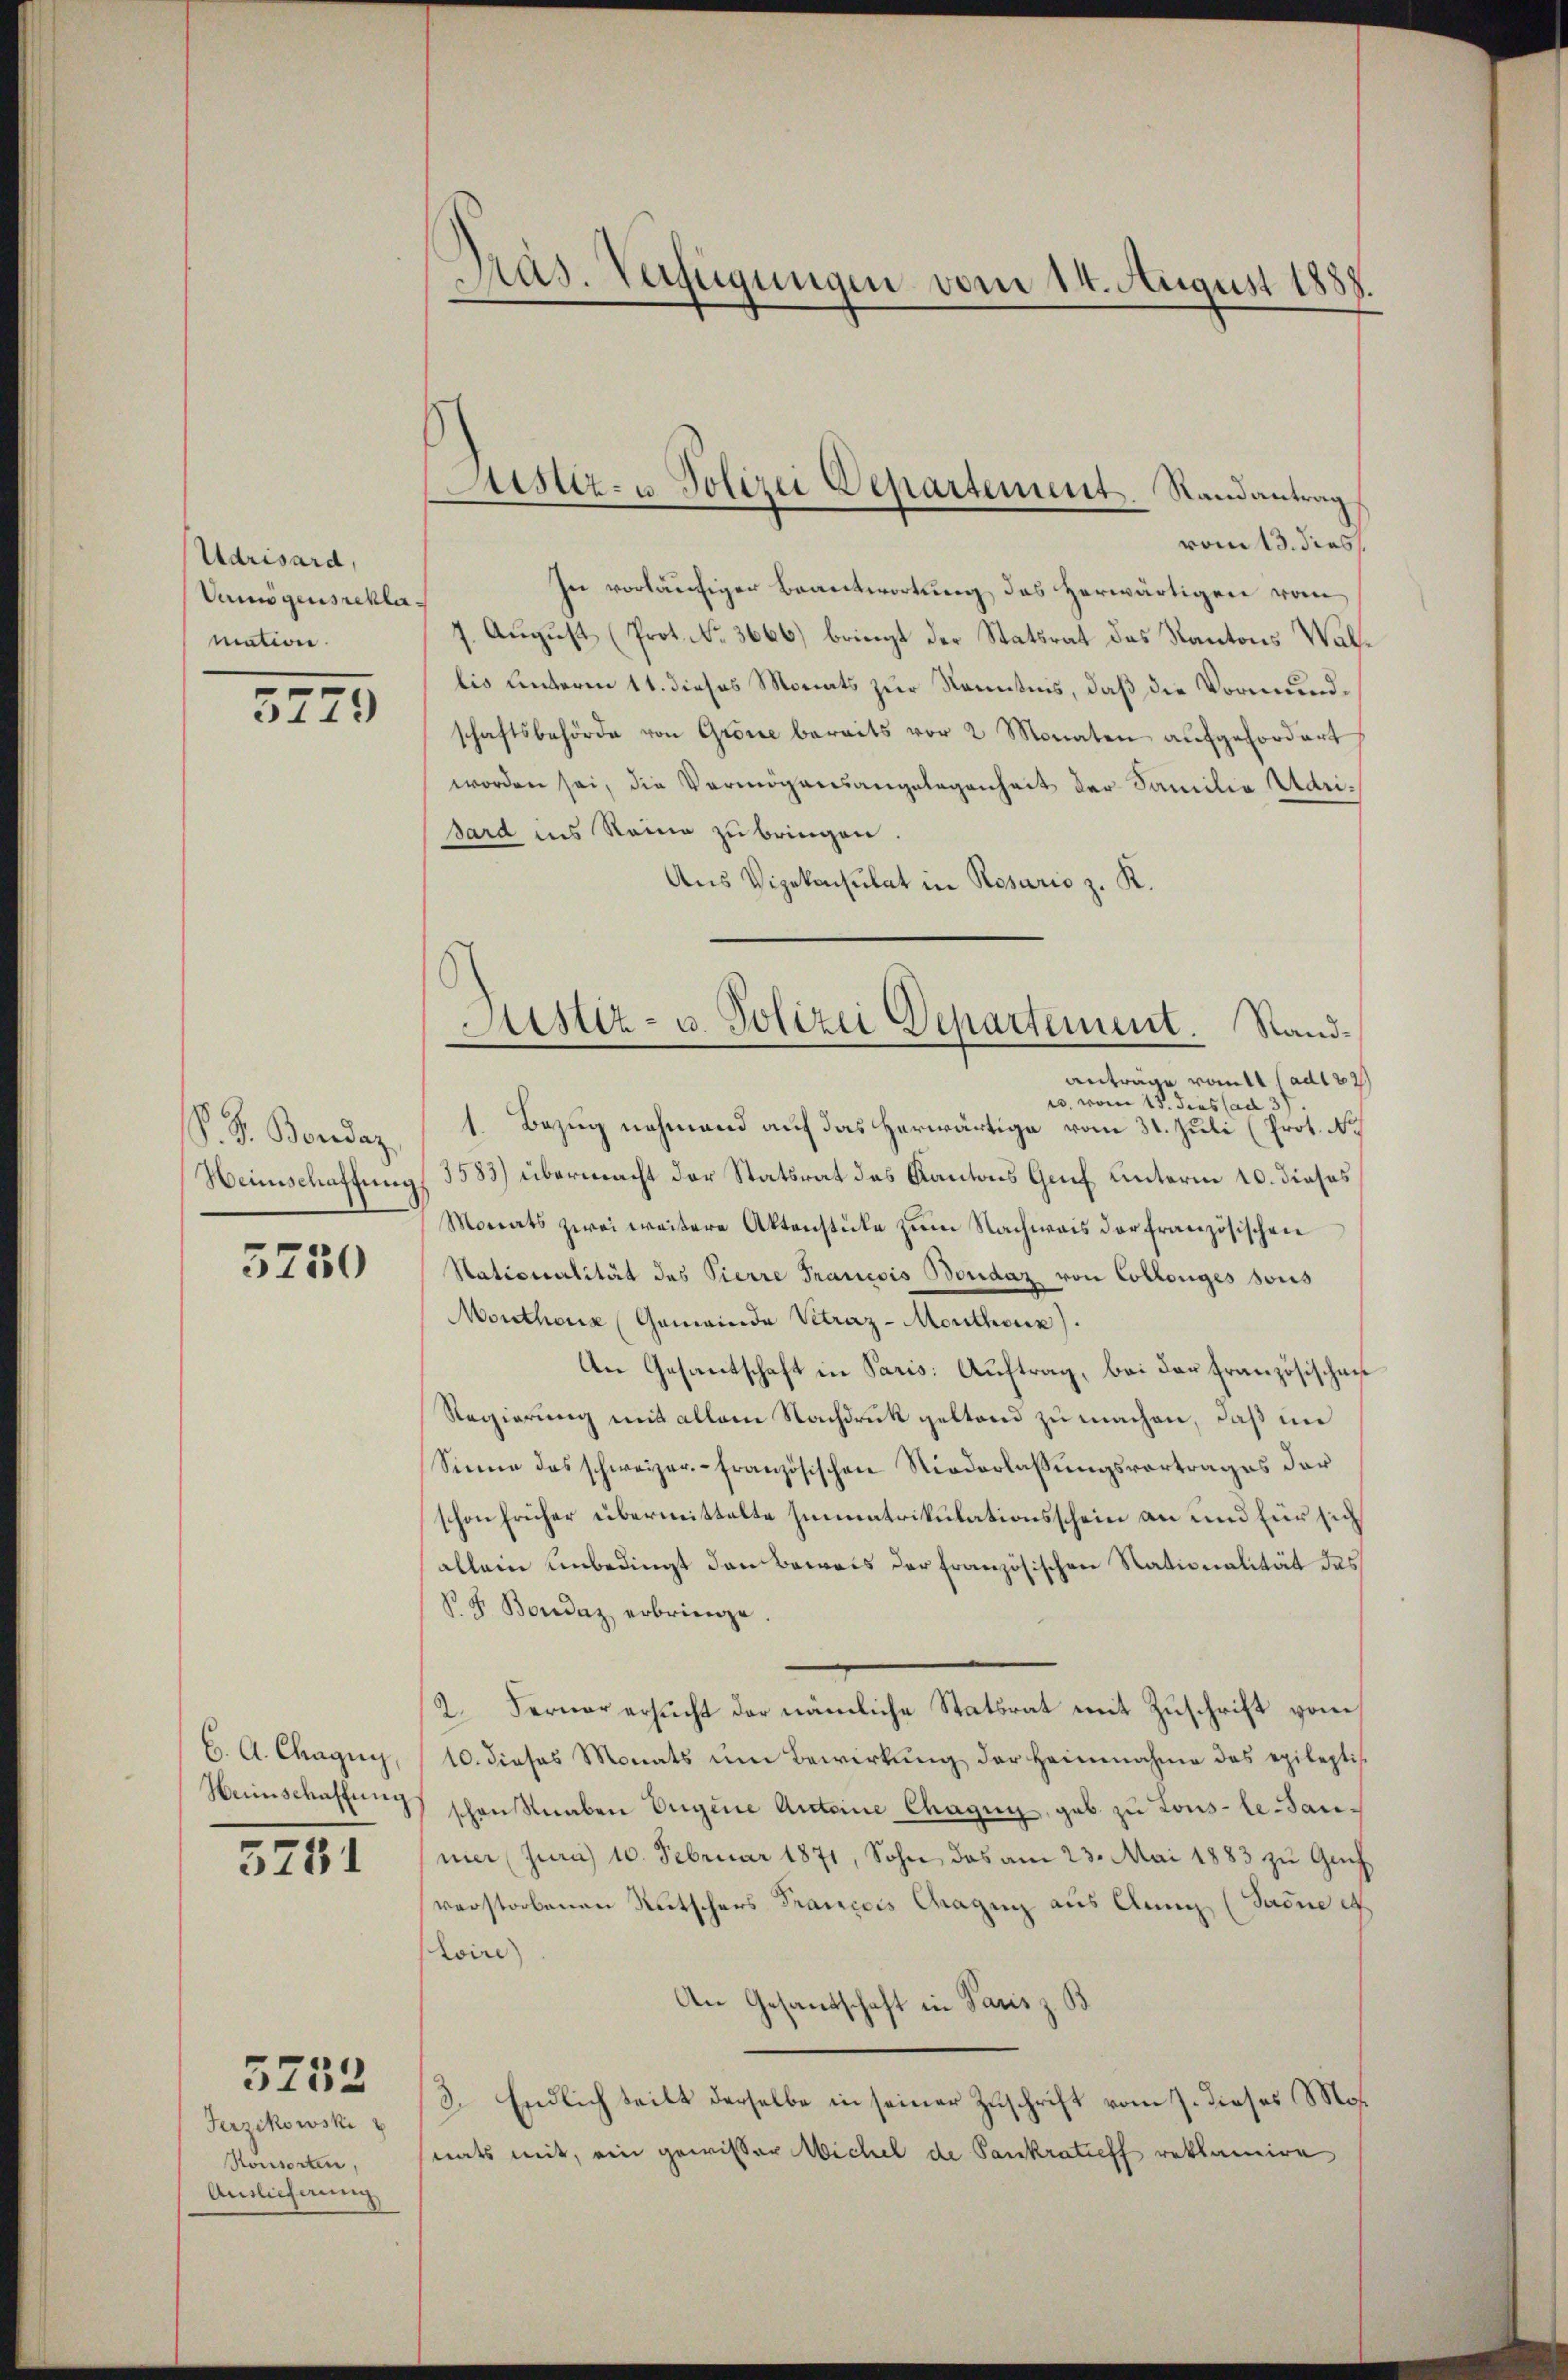
Udrisard,
Vamögensreklamation.

5779

S. S. Beredaz,
Weinschaftung

3750

C. A. Chagny,
Heimschaffung

5751

Jerzckowski
Konsorten,
Auslieferung

5752

Präs. Verfügungen vom 14. August 1888.
.

Justiz- u. Polizei Departement. Randantrag

Justiz- u. Polizei Departement. Randantrage votts ad 22

vom 13. dies
In vorläufiger Beantwortung des herwärtigen vom
1. August (Prot. No. 3666) bringt der Statsrat des Kantons Walbis Unteren 11. dieses Monats zur Kenntnis, daß die Vormundschaftsbehörde von Grone bereits vor 2 Monaten aufgefordert
worden sei, die Vermögensangelegenheit der Familie Adrisard ins Reine zu bringen.
Aus Vizekonsulat in Rosaris z. K.
r. vom 15. dies ad 3
1 Bezug nehmend auf das herwärtige vom 31. Juli (Prot. No
3583) übermacht der Statsrat des Kantons Genf unterm 10. dieses
Monats zwei weitere Aktenstücke zum Nachweis der französischen
Stationalität des Pierre Pranesis Bordaz von Collonges sous
Monthonz (Gemeinde Vetraz-Morthoux)
An Gesandtschaft in Paris: Auftrag, bei der Französischen
Regierung mit allem Nachdruck geltend zu machen, daß in
Sinne das schweizer-Französischen Niederlassungsvortrages der
schon früher übermittelte Immatrikulationsschein an und für sich
allein unbedingt den Beweis der französischen Nationalität das
B. G. Bordaz erbringe
2. Ferner ersucht der nämliche Statsrat mit Zuschrift vom
10. dieses Monats um Bewirkŭng der Heimnahme das epileptis
schon Knaben Eugine Antoine Chagny, gab zu Tous-le-Sanmier Jura) 10. Februar 1871, Sohn das am 23. Mai 1883 zu Gach
verstorbenen Rutschers Francois Wagen aus Anny (Sadne et
toire
An Gesandschaft in Paris z. B
2. Endlich teilt derselbe in seiner Zuschrift vom 7. dieses Mos.
nats mit, ein gewisser Wichel de Pankratieff reklamire